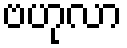
ဗဟုလာ